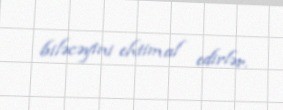
biləcəyini ehtimal edirlər.